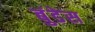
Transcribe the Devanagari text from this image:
बुंडेस